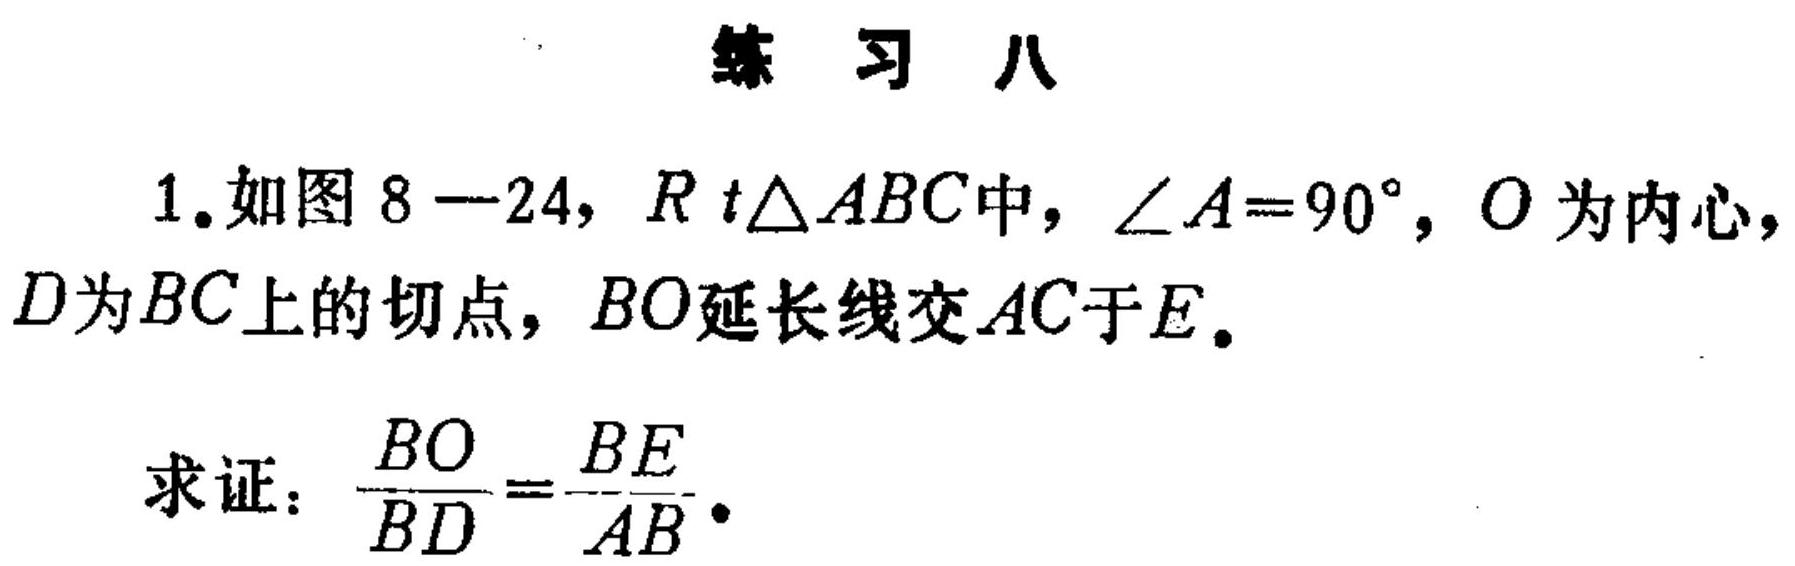
### 练习八
1. 如图 8—24，\(Rt\triangle ABC\)中，\(\angle A = 90^{\circ}\)，\(O\)为内心，\(D\)为\(BC\)上的切点，\(BO\)延长线交\(AC\)于\(E\)。

求证：\(\frac{BO}{BD}=\frac{BE}{AB}\)。